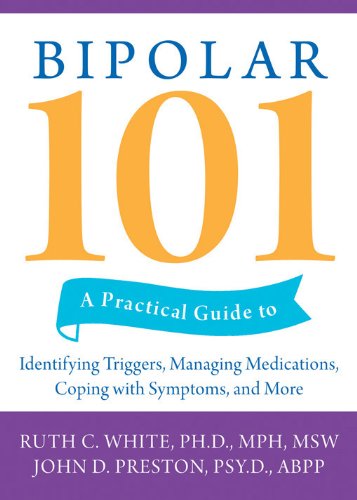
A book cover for Bipolar 101: A Practical Guide to Identifying Triggers, Managing Medications, Coping with Symptoms, and More; Ruth C. White; Health, Fitness & Dieting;